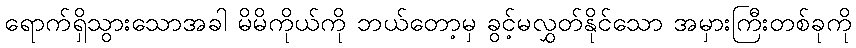
ရောက်ရှိသွားသောအခါ မိမိကိုယ်ကို ဘယ်တော့မှ ခွင့်မလွှတ်နိုင်သော အမှားကြီးတစ်ခုကို